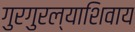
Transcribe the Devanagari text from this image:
गुरगुरल्याशिवाय